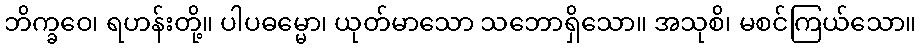
ဘိက္ခဝေ၊ ရဟန်းတို့။ ပါပဓမ္မော၊ ယုတ်မာသော သဘောရှိသော။ အသုစိ၊ မစင်ကြယ်သော။